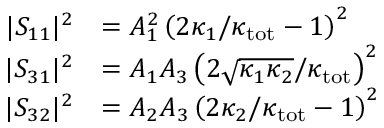
\begin{array} { r l } { \lvert S _ { 1 1 } \rvert ^ { 2 } } & { = A _ { 1 } ^ { 2 } \left( 2 \kappa _ { 1 } / \kappa _ { \mathrm { t o t } } - 1 \right) ^ { 2 } } \\ { \lvert S _ { 3 1 } \rvert ^ { 2 } } & { = A _ { 1 } A _ { 3 } \left( 2 \sqrt { \kappa _ { 1 } \kappa _ { 2 } } / \kappa _ { \mathrm { t o t } } \right) ^ { 2 } } \\ { \lvert S _ { 3 2 } \rvert ^ { 2 } } & { = A _ { 2 } A _ { 3 } \left( 2 \kappa _ { 2 } / \kappa _ { \mathrm { t o t } } - 1 \right) ^ { 2 } } \end{array}